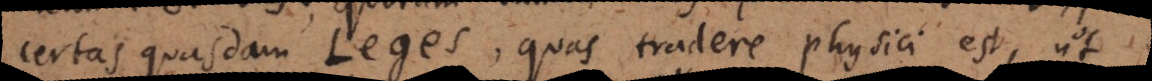
certas quasdam Leges, quas tradere physici est, ut